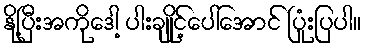
နို့ပြီးအကိုဒေါ့ ပါးချိုင့်ပေါ်အောင် ပြုံးပြပါ။